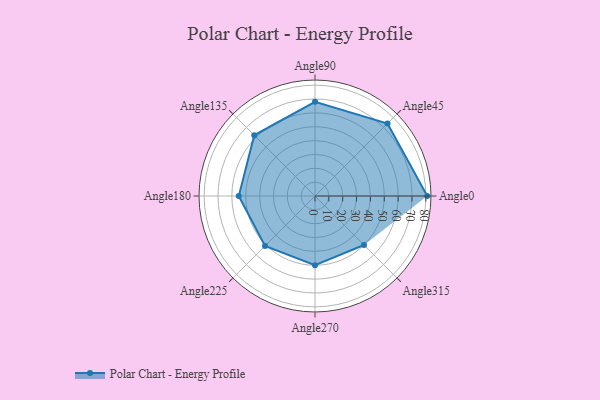
{"axis": {"x": "Angle", "y": "Radius"}, "legend": [""], "data": [{"x": "Angle0", "y": 81.0, "type": ""}, {"x": "Angle45", "y": 74.0, "type": ""}, {"x": "Angle90", "y": 68.0, "type": ""}, {"x": "Angle135", "y": 62.0, "type": ""}, {"x": "Angle180", "y": 55.0, "type": ""}, {"x": "Angle225", "y": 51.0, "type": ""}, {"x": "Angle270", "y": 50, "type": ""}, {"x": "Angle315", "y": 50, "type": ""}]}